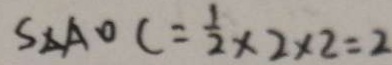
S _ { \Delta A O C } = \frac { 1 } { 2 } \times 2 \times 2 = 2